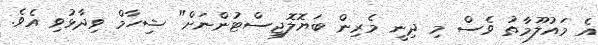
އެ މައުލޫމާތު ވެސް މި ދިނީ މެރިން ބަޔޮލޮޖިސްޓުންނަށް" ޝިހާމް ވިދާޅުވި އެވެ.